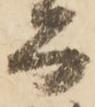
而